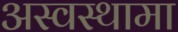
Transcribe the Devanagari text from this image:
अस्वस्थामा